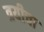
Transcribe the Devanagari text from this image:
त्रयीचा